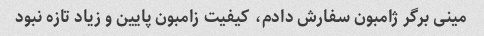
مینی برگر ژامبون سفارش دادم، کیفیت زامبون پایین و زیاد تازه نبود